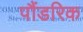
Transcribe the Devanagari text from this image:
पौंडरिक